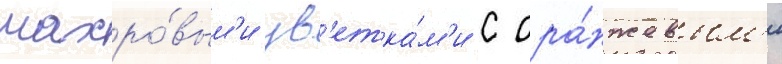
махро́вым'и цв'етка́м'и с ора́нжевым'и